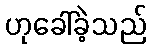
ဟုခေါ်ခဲ့သည်